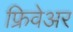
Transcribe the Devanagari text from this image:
फ्रिवेअर